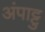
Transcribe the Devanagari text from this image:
अंपाट्टु